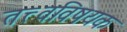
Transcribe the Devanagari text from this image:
तत्त्वविषयक